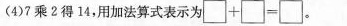
(4)7乘2得14，用加法算式表示为\Box\times\Box=\Box。